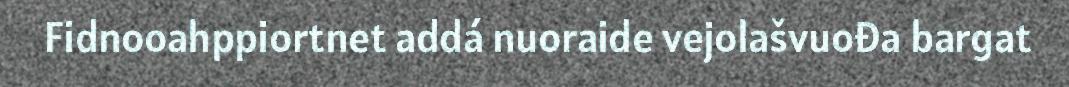
Fidnooahppiortnet addá nuoraide vejolašvuođa bargat